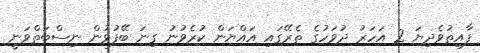
ފާއިތުވެދިޔަ 2 އަހަރު ދުވަހުގެ ތެރޭގައި އައްޔަން ކުރެވުނު ގިނަ ބޭފުޅުން ނިސްބަތްވަނީ